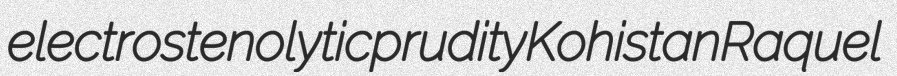
electrostenolytic prudity Kohistan Raquel